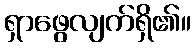
ရှာဖွေလျက်ရှိ၏။